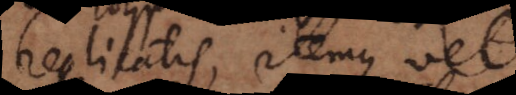
replicatis, itemque vel